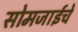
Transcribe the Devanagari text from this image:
सोमजाईचे